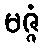
မဇ္ဇံ